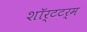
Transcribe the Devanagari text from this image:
शॉर्टटर्म